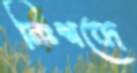
নিঃশব্দে